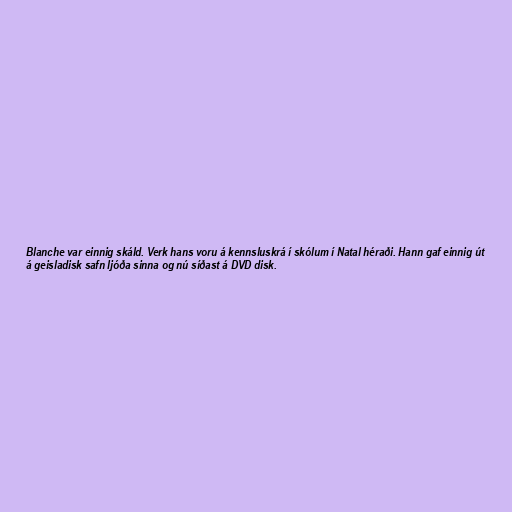
Blanche var einnig skáld. Verk hans voru á kennsluskrá í skólum í Natal héraði. Hann gaf einnig út
á geisladisk safn ljóða sinna og nú síðast á DVD disk.